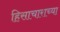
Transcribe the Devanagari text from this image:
हिसाचाराच्या